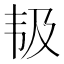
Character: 𱂃